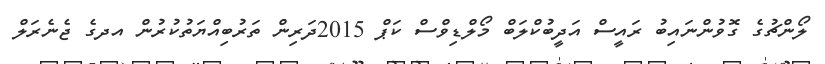
ލޯންޗުގެ ގޮވުންނައިބު ރައީސް އަދީބުކްލަބް މޯލްޑިވްސް ކަޕް 2015ދަރިން ތަރުބިއްޔަތުކުރުން އދގެ ޖެނެރަލް